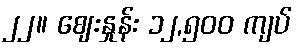
၂၂။ ဈေးနှုန်း ၁၂,၅၀၀ ကျပ်